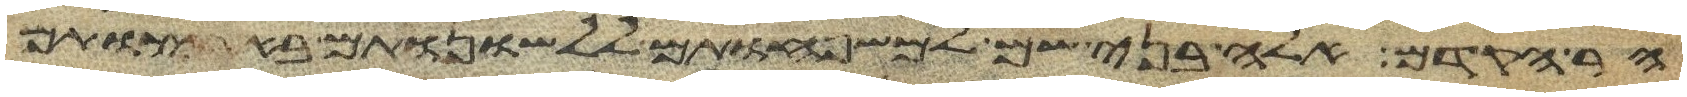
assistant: הר הקדם אלה בני שם למשפחותם ללשנותם בארצותם